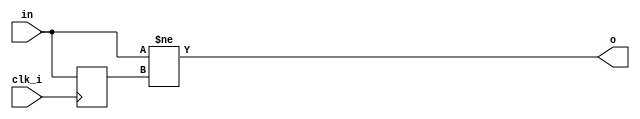
// Pulse 1 clock when input changes
// 4 bit input
module chgdetect (
    input clk_i,
    input [3:0] in,
    output o
);

    reg [3:0] last_in;
    assign o = (in != last_in);

    always @(posedge clk_i)
        last_in <= in;

endmodule